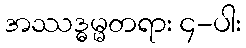
အဿဒ္ဓမ္မတရား ၄-ပါး